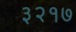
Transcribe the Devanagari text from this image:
३२१७